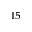
^ { 1 5 }